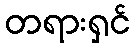
တရားရှင်